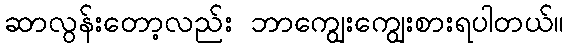
ဆာလွန်းတော့လည်း ဘာကျွေးကျွေးစားရပါတယ်။